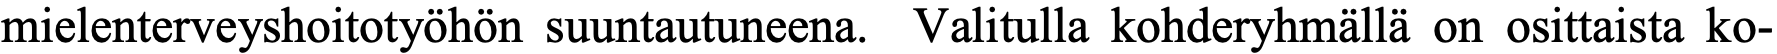
mielenterveyshoitotyöhön suuntautuneena. Valitulla kohderyhmällä on osittaista ko-